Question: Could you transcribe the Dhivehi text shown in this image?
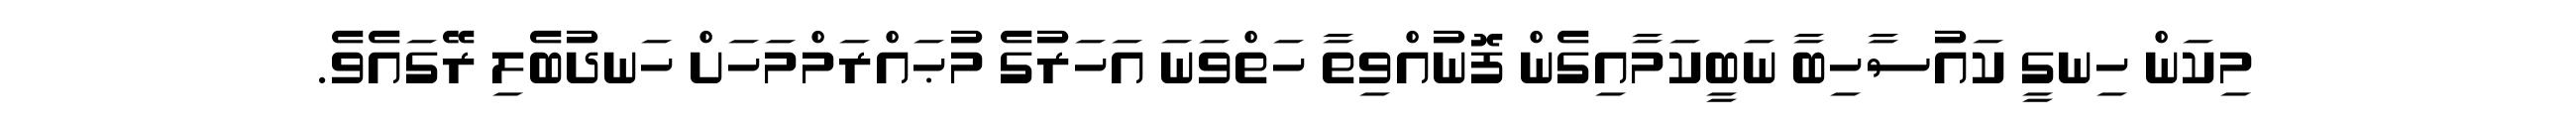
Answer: މިކަން ހިނގީ ކައުސާހިބާ ނަބީކަމާއިގެން ފޮނުއްވިތާ ހަތްވަނަ އަހަރުގެ މުޙައްރަމްމަހަށް ހަނދުބެލި ރޭގައެވެ.